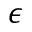
\epsilon